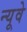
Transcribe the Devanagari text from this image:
न्यूवे